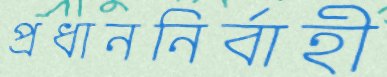
প্রধাননির্বাহী